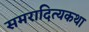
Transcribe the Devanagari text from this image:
समरादित्यकथा